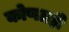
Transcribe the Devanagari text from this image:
कोणतही